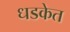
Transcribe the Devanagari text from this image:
धडकेत